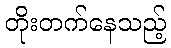
တိုးတက်နေသည့်